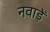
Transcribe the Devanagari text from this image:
नवाड़ें